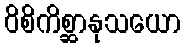
ဝိစိကိစ္ဆာနုသယော